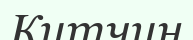
Китчин